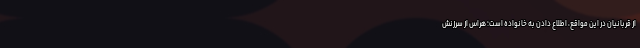
از قربانیان در این مواقع، اطلاع دادن به خانواده است؛ هراس از سرزنش